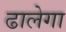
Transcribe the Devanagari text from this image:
ढालेगा